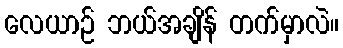
လေယာဉ် ဘယ်အချိန် တက်မှာလဲ။